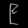
Digit: ၉